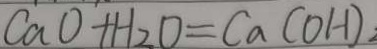
C a O + H _ { 2 } O = C a C O H )